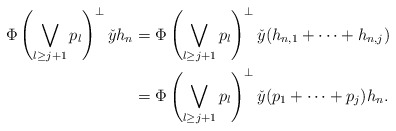
\begin{align*}\Phi\left(\bigvee_{l\geq j+1}p_l\right)^{\perp}\check{y}h_n &= \Phi\left(\bigvee_{l\geq j+1}p_l\right)^{\perp}\check{y}(h_{n, 1}+\cdots+h_{n, j})\\&= \Phi\left(\bigvee_{l\geq j+1}p_l\right)^{\perp}\check{y}(p_1+\cdots+p_j)h_n.\end{align*}